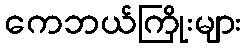
ကေဘယ်ကြိုးများ